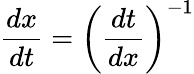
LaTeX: {\frac{dx}{dt}}=\left({\frac{dt}{dx}}\right)^{-1}